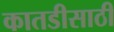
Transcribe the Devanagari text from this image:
कातडीसाठी